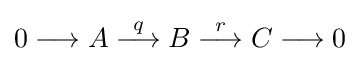
0\longrightarrow A\mathrel {\overset {q}{\longrightarrow }} B\mathrel {\overset {r}{\longrightarrow }} C\longrightarrow 0